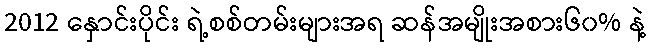
2012 နှောင်းပိုင်း ရဲ့စစ်တမ်းများအရ ဆန်အမျိုးအစား၆၀% နဲ့